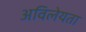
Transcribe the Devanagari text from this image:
अविलेयता